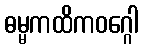
ဓမ္မကထိကဝဂ္ဂေါ